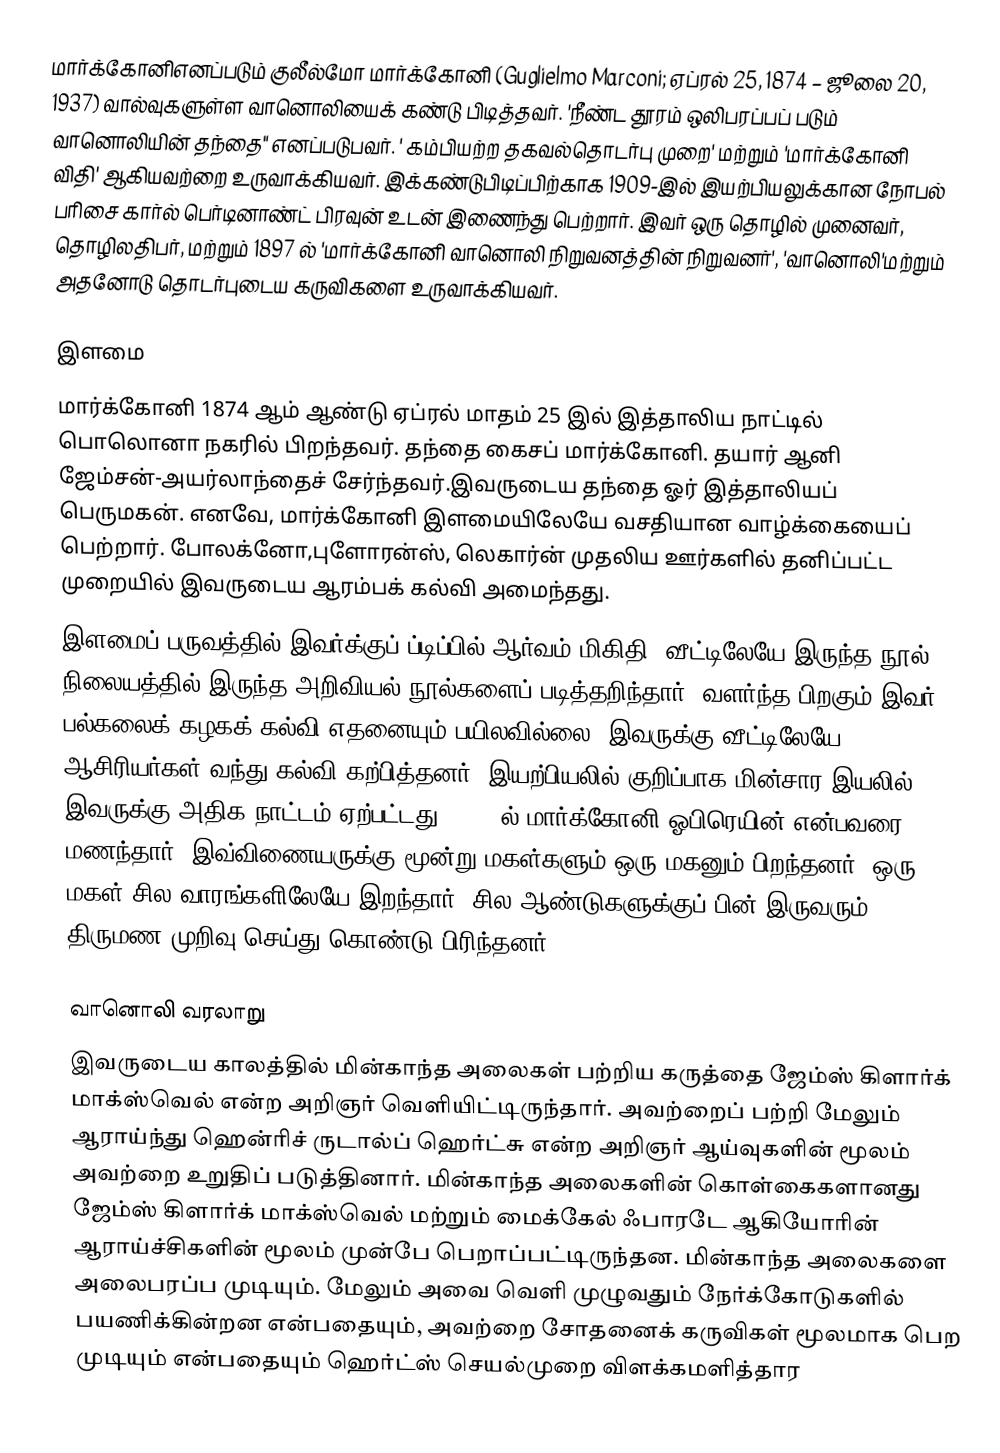
மார்க்கோனிஎனப்படும் குலீல்மோ மார்க்கோனி (Guglielmo Marconi; ஏப்ரல் 25, 1874 – ஜூலை 20, 1937) வால்வுகளுள்ள வானொலியைக் கண்டு பிடித்தவர். 'நீண்ட தூரம் ஒலிபரப்பப் படும் வானொலியின் தந்தை" எனப்படுபவர். ' கம்பியற்ற தகவல்தொடர்பு முறை' மற்றும் 'மார்க்கோனி விதி' ஆகியவற்றை உருவாக்கியவர். இக்கண்டுபிடிப்பிற்காக 1909-இல் இயற்பியலுக்கான நோபல் பரிசை கார்ல் பெர்டினாண்ட் பிரவுன் உடன் இணைந்து பெற்றார். இவர் ஒரு தொழில் முனைவர், தொழிலதிபர், மற்றும் 1897 ல் 'மார்க்கோனி வானொலி நிறுவனத்தின் நிறுவனர்', 'வானொலி'மற்றும் அதனோடு தொடர்புடைய கருவிகளை உருவாக்கியவர்.

இளமை
மார்க்கோனி 1874 ஆம் ஆண்டு ஏப்ரல் மாதம் 25 இல் இத்தாலிய நாட்டில் பொலொனா நகரில் பிறந்தவர். தந்தை கைசப் மார்க்கோனி. தயார் ஆனி ஜேம்சன்-அயர்லாந்தைச் சேர்ந்தவர்.இவருடைய தந்தை ஓர் இத்தாலியப் பெருமகன். எனவே, மார்க்கோனி இளமையிலேயே வசதியான வாழ்க்கையைப் பெற்றார். போலக்னோ,புளோரன்ஸ், லெகார்ன் முதலிய ஊர்களில் தனிப்பட்ட முறையில் இவருடைய ஆரம்பக் கல்வி அமைந்தது.
இளமைப் பருவத்தில் இவர்க்குப் ப்டிப்பில் ஆர்வம் மிகிதி. வீட்டிலேயே இருந்த நூல் நிலையத்தில் இருந்த அறிவியல் நூல்களைப் படித்தறிந்தார். வளர்ந்த பிறகும் இவர் பல்கலைக் கழகக் கல்வி எதனையும் பயிலவில்லை. இவருக்கு வீட்டிலேயே ஆசிரியர்கள் வந்து கல்வி கற்பித்தனர். இயற்பியலில் குறிப்பாக மின்சார இயலில் இவருக்கு அதிக நாட்டம் ஏற்பட்டது. 1905-ல் மார்க்கோனி ஓபிரெயின் என்பவரை மணந்தார். இவ்விணையருக்கு மூன்று மகள்களும் ஒரு மகனும் பிறந்தனர். ஒரு மகள் சில வாரங்களிலேயே இறந்தார். சில ஆண்டுகளுக்குப் பின் இருவரும் திருமண முறிவு செய்து கொண்டு பிரிந்தனர்.

வானொலி வரலாறு
இவருடைய காலத்தில் மின்காந்த அலைகள் பற்றிய கருத்தை ஜேம்ஸ் கிளார்க் மாக்ஸ்வெல் என்ற அறிஞர் வெளியிட்டிருந்தார். அவற்றைப் பற்றி மேலும் ஆராய்ந்து ஹென்ரிச் ருடால்ப் ஹெர்ட்சு என்ற அறிஞர் ஆய்வுகளின் மூலம் அவற்றை உறுதிப் படுத்தினார். மின்காந்த அலைகளின் கொள்கைகளானது ஜேம்ஸ் கிளார்க் மாக்ஸ்வெல் மற்றும் மைக்கேல் ஃபாரடே ஆகியோரின் ஆராய்ச்சிகளின் மூலம் முன்பே பெறாப்பட்டிருந்தன. மின்காந்த அலைகளை அலைபரப்ப முடியும். மேலும் அவை வெளி முழுவதும் நேர்க்கோடுகளில் பயணிக்கின்றன என்பதையும், அவற்றை சோதனைக் கருவிகள் மூலமாக பெற முடியும் என்பதையும் ஹெர்ட்ஸ் செயல்முறை விளக்கமளித்தார